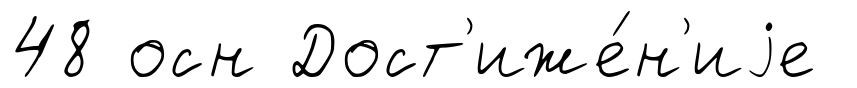
48 осн Дост'иже́н'иjе